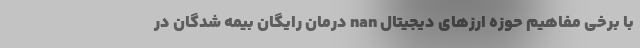
با برخی مفاهیم حوزه ارزهای دیجیتال nan درمان رایگان بیمه ‌شدگان در